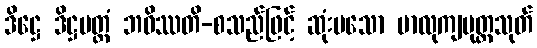
ဒိဋ္ဌေ ဒိဋ္ဌမတ္တံ ဘဝိဿတိ-စသည်ဖြင့် ဆုံးမသော မာလုကျပုတ္တသုတ်